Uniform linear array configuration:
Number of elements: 8
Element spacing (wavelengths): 0.25
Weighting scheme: hamming
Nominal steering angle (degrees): -15
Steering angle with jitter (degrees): -15.527
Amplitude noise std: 0.05
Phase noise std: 0.05

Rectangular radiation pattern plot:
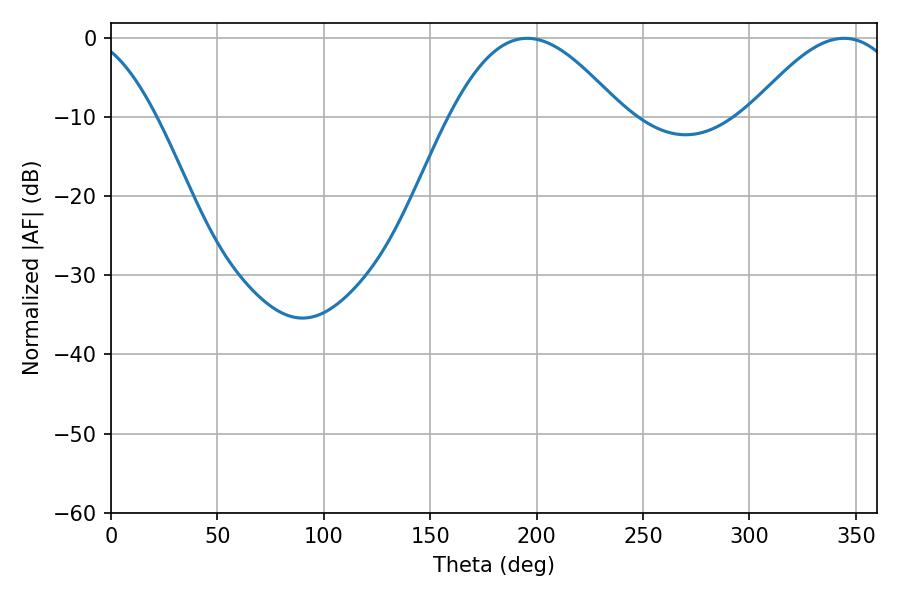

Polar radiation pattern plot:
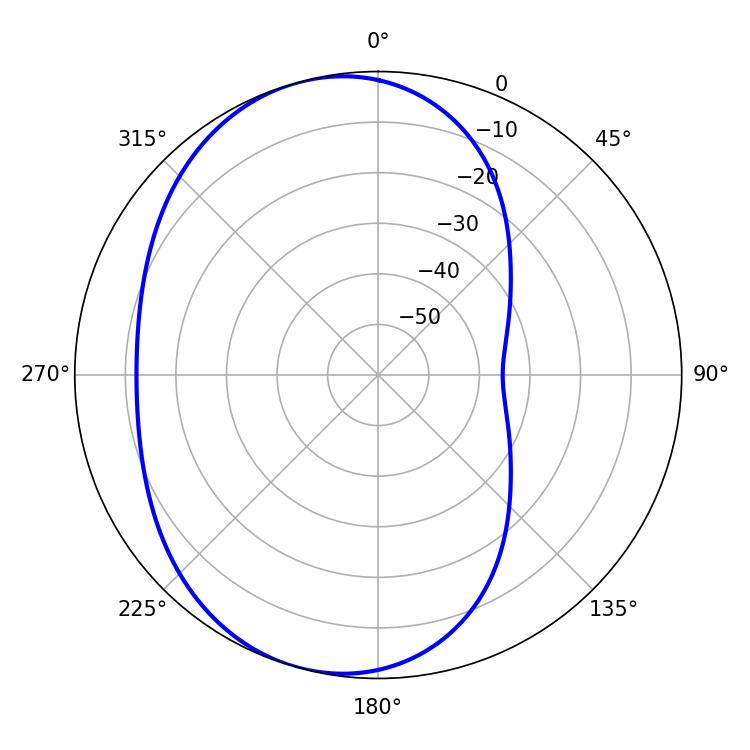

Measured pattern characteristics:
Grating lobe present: FALSE
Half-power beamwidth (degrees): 43.74
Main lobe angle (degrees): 195.66